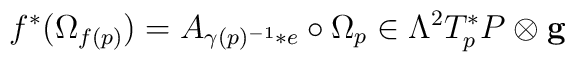
f^*(\Omega _{f(p)}) = A_{\gamma (p)^{-1}*e}\circ \Omega _p \in\Lambda ^2T^*_pP\otimes {\bf g}